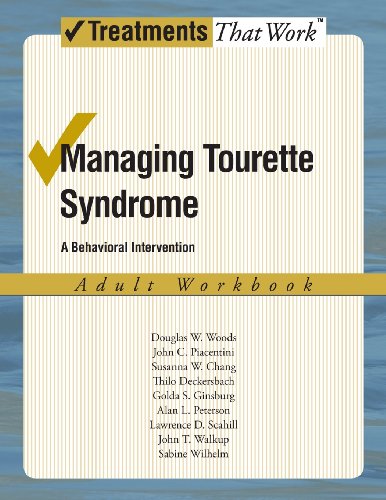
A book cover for Managing Tourette Syndrome: A Behaviorial Intervention Adult Workbook (Treatments That Work); Douglas W. Woods; Health, Fitness & Dieting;